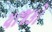
યાજકો